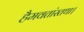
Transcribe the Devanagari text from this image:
हैमवतांस्तथा।